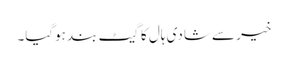
خیر سے شادی ہال کا گیٹ بند ہوگیا۔